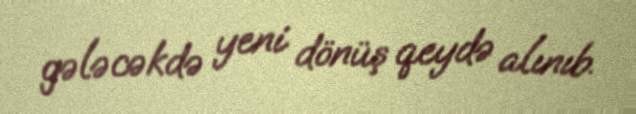
gələcəkdə yeni dönüş qeydə alınıb.